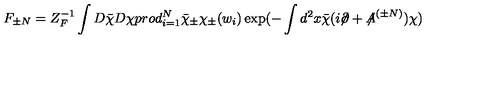
F _ { \pm N } = Z _ { F } ^ { - 1 } \int D \bar { \chi } D \chi p r o d _ { i = 1 } ^ { N } \bar { \chi } _ { \pm } \chi _ { \pm } ( w _ { i } ) \exp ( - \int d ^ { 2 } x \bar { \chi } ( i \! \! \not \! \partial + { \not \! \! A } ^ { ( \pm N ) } ) \chi )